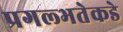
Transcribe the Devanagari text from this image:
प्रगल्‍भतेकडे